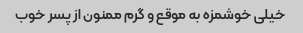
خیلی خوشمزه به موقع و گرم ممنون از پسر خوب